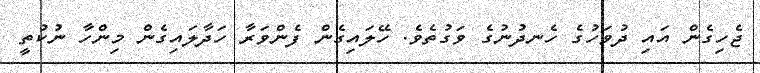
ޖެހިގެން އައި ދުވަހުގެ ހެނދުނުގެ ވަގުތެވެ. ހޭލައިގެން ފެންވަރާ ހަދާލައިގެން މިންހާ ނުކުތީ